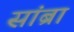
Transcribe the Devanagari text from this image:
सांब्रा